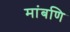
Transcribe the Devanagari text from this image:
मांबणि